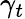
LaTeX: \gamma_{t}